Indian journal of veterinary science and animal husbandry - Volumes 15-17, 1948-1951
Year: 1948
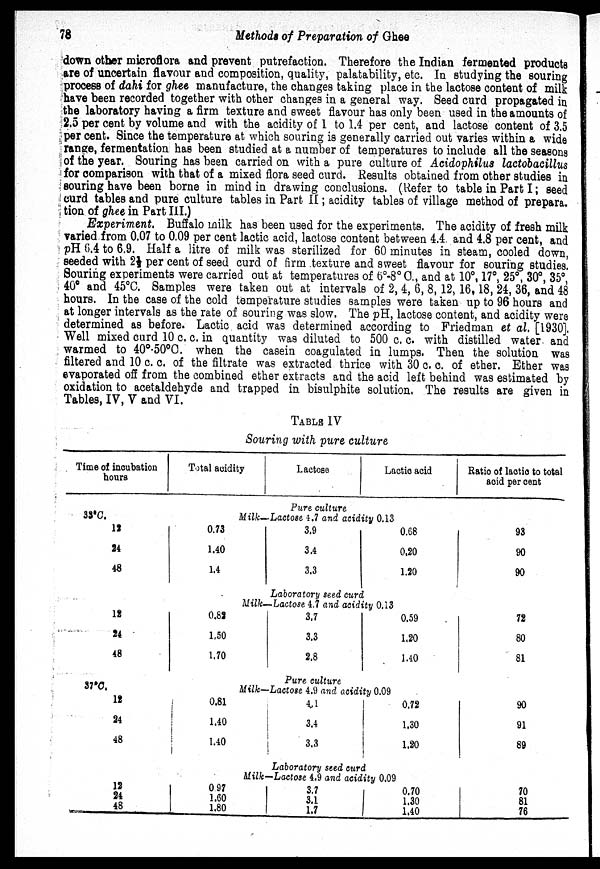
78
Methods of Preparation of Ghee
down other microflora and prevent putrefaction. Therefore the Indian fermented products
are of uncertain flavour and composition, quality, palatability, etc. In studying the souring
process of dahi for ghee manufacture, the changes taking place in the lactose content of milk
have been recorded together with other changes in a general way. Seed curd propagated in
the laboratory having a firm texture and sweet flavour has only been used in the amounts of
2.5 per cent by volume and with the acidity of 1 to 1.4 per cent, and lactose content of 3.5
per cent. Since the temperature at which souring is generally carried out varies within a wide
range, fermentation has been studied at a number of temperatures to include all the seasons
of the year. Souring has been carried on with a pure culture of Acidophilus lactobacillus
for comparison with that of a mixed flora seed curd. Results obtained from other studies in
souring have been borne in mind in drawing conclusions. (Refer to table in Part I; seed
curd tables and pure culture tables in Part II; acidity tables of village method of prepara.
tion of ghee in Part III.)
Experiment. Buffalo milk has been used for the experiments. The acidity of fresh milk
varied from 0.07 to 0.09 per cent lactic acid, lactose content between 4.4 and 4.8 per cent, and
pH 6.4 to 6.9. Half a litre of milk was sterilized for 60 minutes in steam, cooled down,
seeded with 2½ per cent of seed curd of firm texture and sweet flavour for souring studies.
Souring experiments were carried out at temperatures of 6°-8°C., and at 10°, 17°, 25°, 30°, 35°,
40° and 45°C. Samples were taken out at intervals of 2, 4, 6, 8, 12, 16, 18, 24, 36, and 48
hours. In the case of the cold temperature studies samples were taken up to 96 hours and
at longer intervals as the rate of souring was slow. The pH, lactose content, and acidity were
determined as before. Lactic acid was determined according to Friedman et al. [1930],
Well mixed curd 10 c. c. in quantity was diluted to 500 c. c. with distilled water and
warmed to 40°-50°C. when the casein coagulated in lumps. Then the solution was
filtered and 10 c. c. of the filtrate was extracted thrice with 30 c. c. of ether. Ether was
evaporated off from the combined ether extracts and the acid left behind was estimated by
oxidation to acetaldehyde and trapped in bisulphite solution. The results are given in
Tables, IV, V and VI.
TABLE IV
Souring with pure culture
Time of incubation
hours
33°C.
12
24
48
12
24
48
37°C.
12
24
48
12
24
48
Total acidity
Lactose
Lactic acid
Ratio of lactic to total
acid per cent
Pure culture
Milk—Lactose 1.7 and acidity 0.13
0.73
1.40
1.4
3.9
3.4
3.3
0.68
0.20
1.20
93
90
90
Laboratory seed curd
Milk— Lactose 4.7 and acidity 0.13
0.82
1.50
1.70
3.7
3.3
2.8
0.59
1.20
1.40
72
80
81
Pure culture
Milk—Lactose 4.9 and acidity 0.09
0.81
1.40
1.40
4.1
3.4
3.3
0.72
1.30
1.20
90
91
89
Laboratory seed curd
Milk—Lactose 4.9 and acidity 0.09
0.97
1.60
1.80
3.7
3.1
1.7
0.70
1.30
1.40
70
81
76